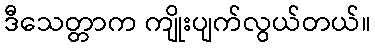
ဒီသေတ္တာက ကျိုးပျက်လွယ်တယ်။